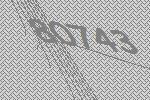
80743